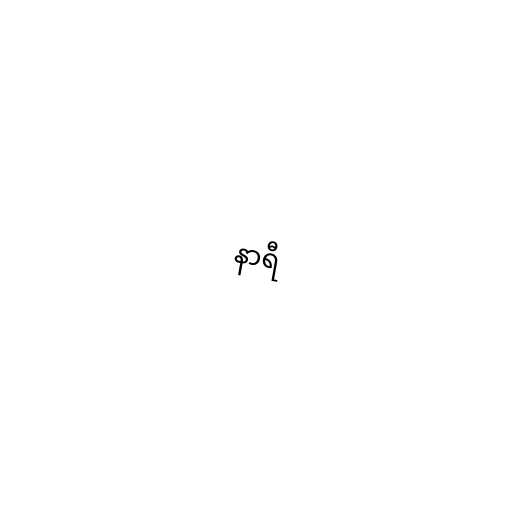
နာရီ